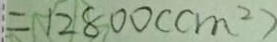
= 1 2 8 0 0 ( c m ^ { 2 } )